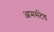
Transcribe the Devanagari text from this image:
आमर्सटेड